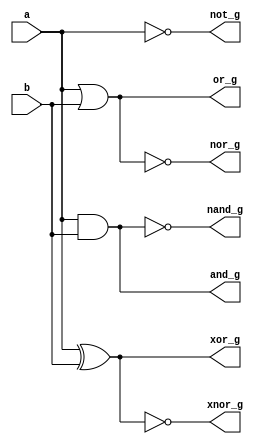
// This program was cloned from: https://github.com/ekb0412/100DaysofRTL
// License: Apache License 2.0

`timescale 1ns / 1ps

module logic_gates(
    input a, b,
    output and_g,
    output or_g,
    output not_g,
    output nand_g,
    output nor_g,
    output xor_g,
    output xnor_g
    );
    
    and andgate(and_g, a, b);
    or orgate(or_g, a, b);
    not notgate(not_g, a);
    nand nandgate(nand_g, a, b);
    nor norgate(nor_g, a, b);
    xor xorgate(xor_g, a, b);
    xnor xnorgate(xnor_g, a, b);
endmodule